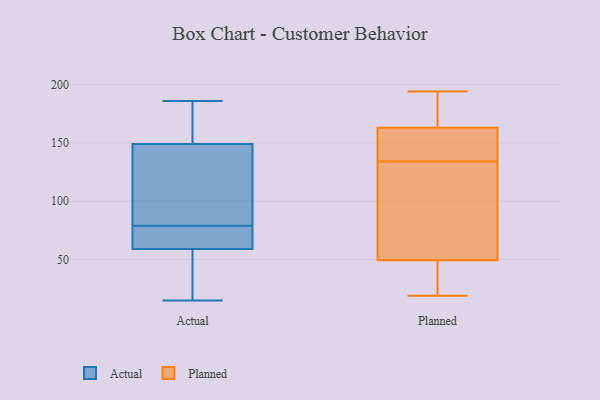
{"axis": {"x": "Tickets Resolved", "y": "Value"}, "legend": ["Actual", "Planned"], "data": [{"x": "", "y": 36, "type": "Actual"}, {"x": "", "y": 149, "type": "Actual"}, {"x": "", "y": 15, "type": "Actual"}, {"x": "", "y": 146, "type": "Actual"}, {"x": "", "y": 75, "type": "Actual"}, {"x": "", "y": 171, "type": "Actual"}, {"x": "", "y": 72, "type": "Actual"}, {"x": "", "y": 121, "type": "Actual"}, {"x": "", "y": 161, "type": "Actual"}, {"x": "", "y": 149, "type": "Actual"}, {"x": "", "y": 162, "type": "Actual"}, {"x": "", "y": 16, "type": "Actual"}, {"x": "", "y": 51, "type": "Actual"}, {"x": "", "y": 79, "type": "Actual"}, {"x": "", "y": 186, "type": "Actual"}, {"x": "", "y": 79, "type": "Actual"}, {"x": "", "y": 77, "type": "Actual"}, {"x": "", "y": 84, "type": "Actual"}, {"x": "", "y": 22, "type": "Actual"}, {"x": "", "y": 67, "type": "Actual"}, {"x": "", "y": 164, "type": "Planned"}, {"x": "", "y": 100, "type": "Planned"}, {"x": "", "y": 167, "type": "Planned"}, {"x": "", "y": 159, "type": "Planned"}, {"x": "", "y": 188, "type": "Planned"}, {"x": "", "y": 134, "type": "Planned"}, {"x": "", "y": 57, "type": "Planned"}, {"x": "", "y": 119, "type": "Planned"}, {"x": "", "y": 183, "type": "Planned"}, {"x": "", "y": 37, "type": "Planned"}, {"x": "", "y": 29, "type": "Planned"}, {"x": "", "y": 34, "type": "Planned"}, {"x": "", "y": 98, "type": "Planned"}, {"x": "", "y": 147, "type": "Planned"}, {"x": "", "y": 140, "type": "Planned"}, {"x": "", "y": 160, "type": "Planned"}, {"x": "", "y": 47, "type": "Planned"}, {"x": "", "y": 19, "type": "Planned"}, {"x": "", "y": 194, "type": "Planned"}]}